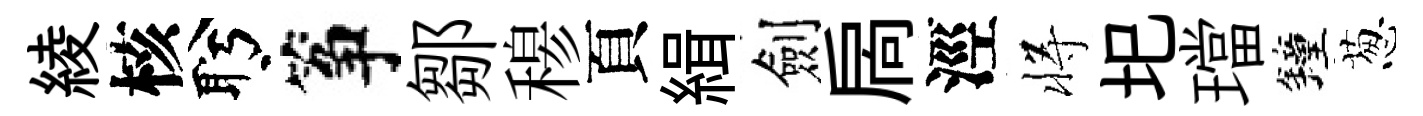
綾核盻筝鄒𥠇頁緝劍扄涇将圯璫鐘葱